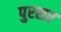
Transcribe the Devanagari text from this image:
पुरसर